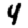
Digit: 4